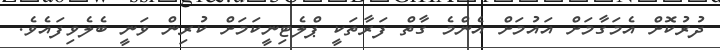
ދުރުކޮށް އެމަގާމަށް އައުމަށް އެންމެ ގާތް ފަރާތަކީ ޕްލެޓިނީކަމަށް ކުރިން ވަނީ ބެލެވިފައެވެ.